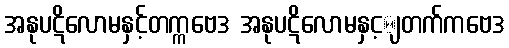
အနုပဋိလောမနှင့်တက္ကဗေဒ အနုပဋိလောမနှင့ျတက်ကဗေဒ